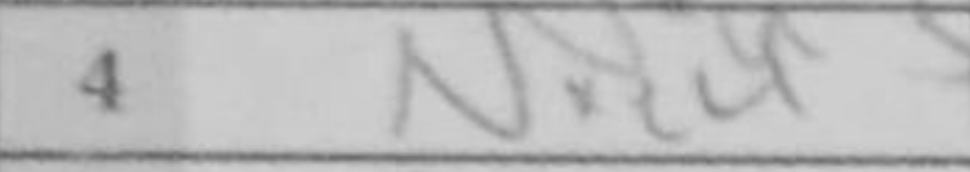
Transcription: Nxe4